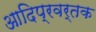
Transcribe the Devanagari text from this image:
आदिप्रवर्तक